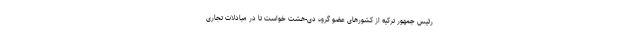
رئیس جمهور ترکیه از کشور‌های عضو گروه دی-هشت خواست تا در مبادلات تجاری